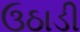
ઉઠાડી